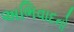
અભિવાદનો